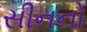
સીનનો